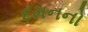
દમનનો